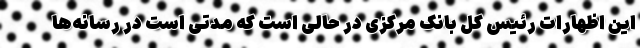
این اظهارات رئیس کل بانک مرکزی در حالی است که مدتی است در رسانه‌ها